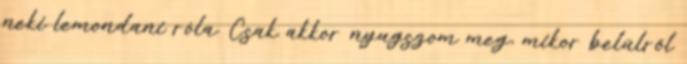
neki lemondani róla. Csak akkor nyugszom meg, mikor belülről